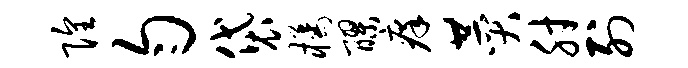
隍匀袋橘醪痒赞肘列